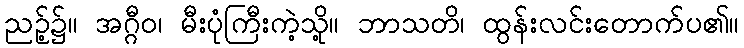
ညဉ့်၌။ အဂ္ဂီဝ၊ မီးပုံကြီးကဲ့သို့။ ဘာသတိ၊ ထွန်းလင်းတောက်ပ၏။